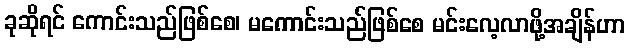
ခုဆိုရင် ကောင်းသည်ဖြစ်စေ၊ မကောင်းသည်ဖြစ်စေ မင်းလေ့လာဖို့အချိန်ဟာ